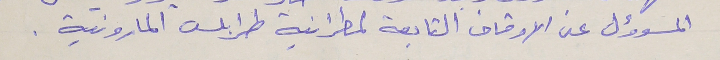
المسوؤل عن الاوقاف التابعة لمطرانية طرابلس المارونية .